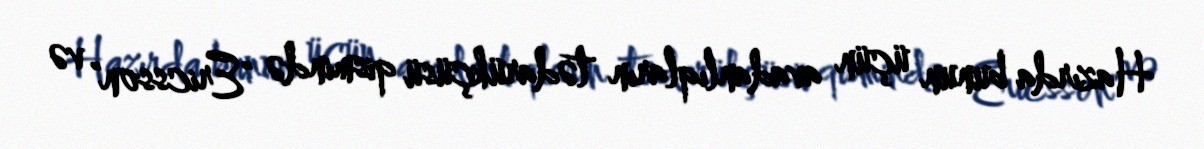
Hazırda bunun üçün avadanlıqların tədarükçüsü qismində "Ericsson" və